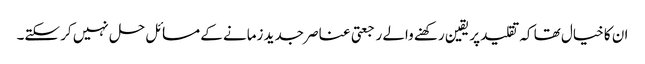
ان کا خیال تھا کہ تقلید پر یقین رکھنے والے رجعتی عناصر جدید زمانے کے مسائل حل نہیں کر سکتے۔